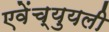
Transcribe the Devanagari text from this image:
एवेंच्युयली